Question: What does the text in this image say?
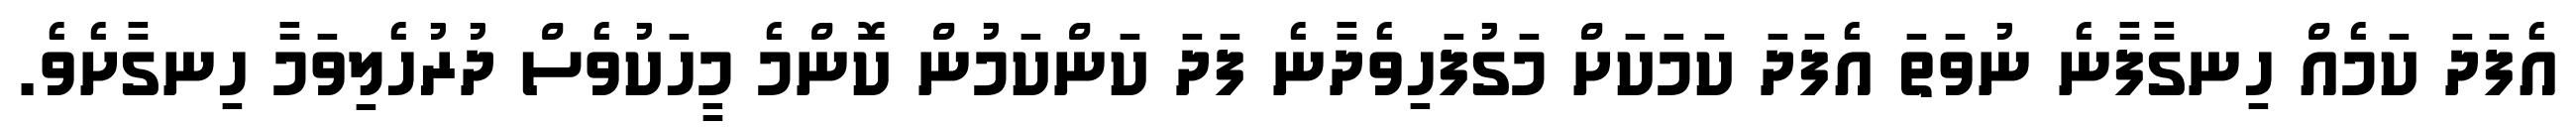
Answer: އެފަދަ ކަމެއް ހިނގާފާނެ ނުވަތަ އެފަދަ ކަމަކަށް މަގުފަހިވެދާނެ ފަދަ ކަންކަމުން ކޮންމެ މީހަކުވެސް ދުރުހެލިވަމާ ހިނގާށެވެ.